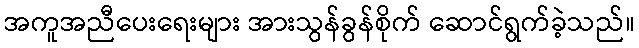
အကူအညီပေးရေးများ အားသွန်ခွန်စိုက် ဆောင်ရွက်ခဲ့သည်။